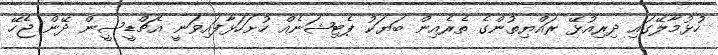
ހުޅުމާލޭގައި ދިރިއުޅޭ ރައްޔިތުންގެ ތެރެއިން ބަޔަކު ޕެޓިޝަނެއް ހުށަހަޅާފައިވަނީ އެޗްޑީސީން ދޭން ޖެހޭ